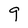
Character: 9